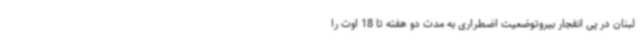
لبنان در پی انفجار بیروتوضعیت اضطراری به مدت دو هفته تا 18 اوت را